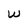
Character: W